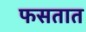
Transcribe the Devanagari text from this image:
फसतात